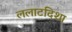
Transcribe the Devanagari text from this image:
ललाटदिशा